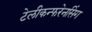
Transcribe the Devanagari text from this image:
टेलीकन्फरेनसिंग